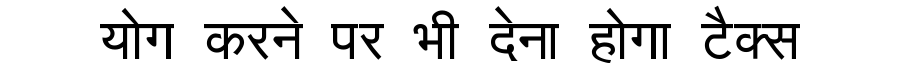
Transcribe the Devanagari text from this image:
योग करने पर भी देना होगा टैक्स